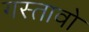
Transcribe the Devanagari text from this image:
गस्तावो